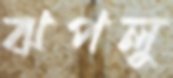
ঝপলু